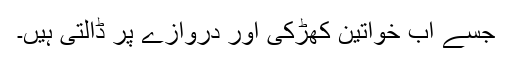
جسے اب خواتین کھڑکی اور دروازے پر ڈالتی ہیں۔